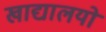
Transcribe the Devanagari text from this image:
खाद्यालयों